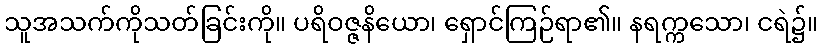
သူအသက်ကိုသတ်ခြင်းကို။ ပရိဝဇ္ဇနိယော၊ ရှောင်ကြဉ်ရာ၏။ နရက္ကသော၊ ငရဲ၌။